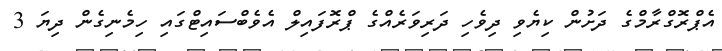
އެޕްރޮގްރާމްގެ ދަށުން ކިޔެވި ދިވެހި ދަރިވަރެއްގެ ޕްރޮފައިލް އެވެބްސައިޓްގައި ހިމެނިގެން ދިޔަ 3